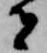
者